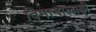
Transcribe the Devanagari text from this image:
विमानालाही